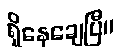
ရှိနေချေပြီ။